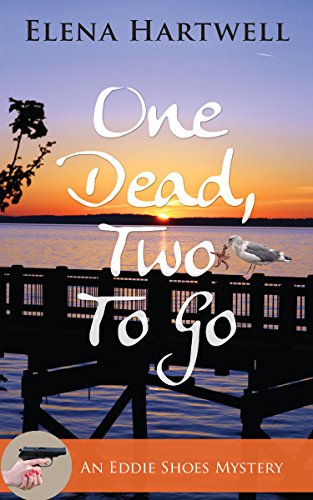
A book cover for One Dead, Two to Go (An Eddie Shoes Mystery); Elena Hartwell; Mystery, Thriller & Suspense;